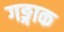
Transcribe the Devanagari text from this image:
गङ्गाक